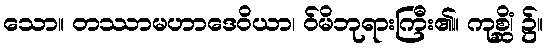
သော။ တဿာမဟာဒေဝိယာ၊ ဝ်မိဘုရားကြီး၏။ ကုစ္ဆိံ၊ ၌။